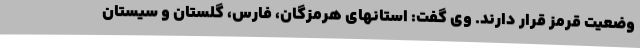
وضعیت قرمز قرار دارند. وی گفت: استانهای هرمزگان، فارس، گلستان و سیستان